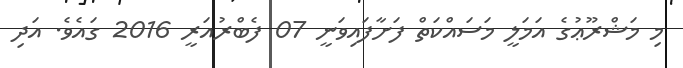
މި މަޝްރޫޢުގެ އަމަލީ މަސައްކަތް ފަށާފައިވަނީ 07 ފެބްރުއަރީ 2016 ގައެވެ. އަދި